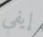
إيفي